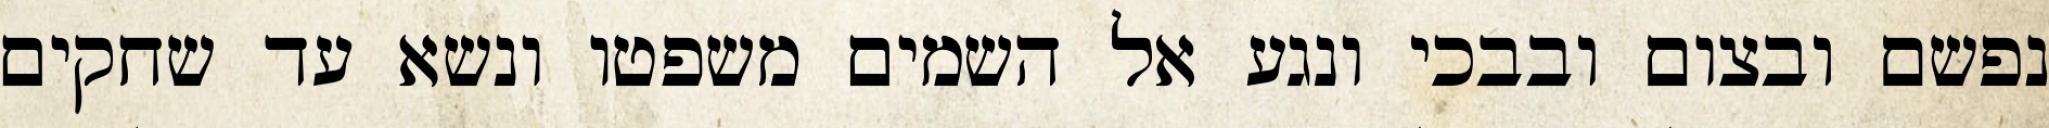
נפשם ובצום ובבכי ונגע אל השמים משפטו ונשא עד שחקים